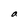
Character: a